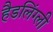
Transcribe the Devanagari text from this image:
हैडलिंग्ली